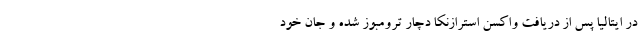
در ایتالیا پس از دریافت واکسن استرازنکا دچار ترومبوز شده و جان خود